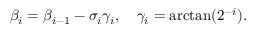
\beta _ { i } = \beta _ { i - 1 } - \sigma _ { i } \gamma _ { i } , \quad \gamma _ { i } = \arctan ( 2 ^ { - i } ) .